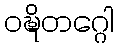
ဝဍ္ဎိတဂ္ဂေါ